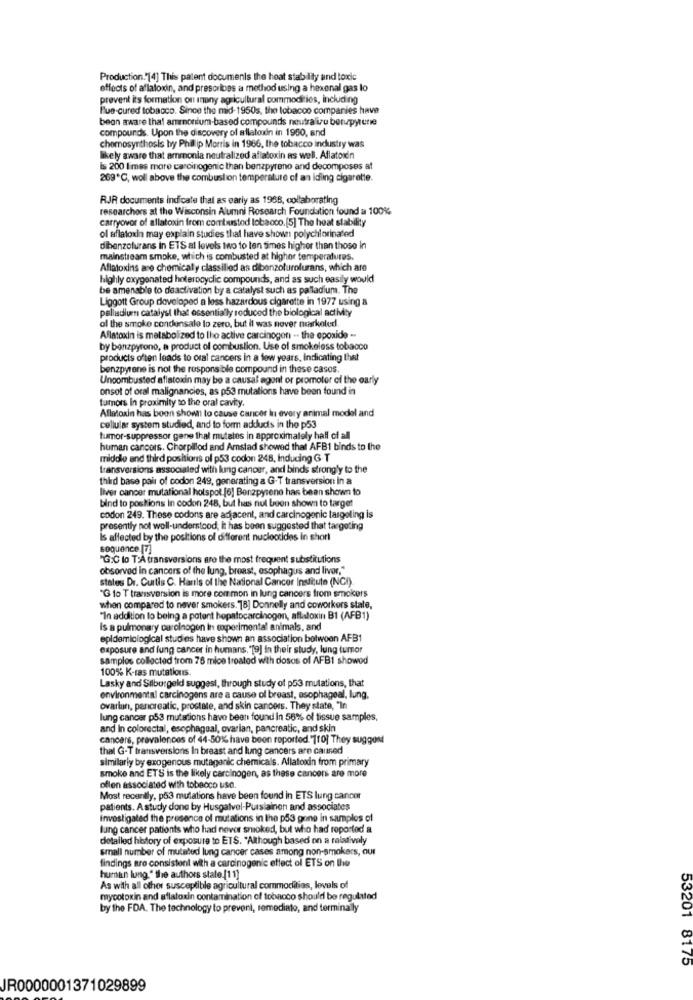
Production."[4] Thiss patent documents the heat stability and toxic
effects of aflatoxin, and prescribes a method using a hexenal gas lo
prevent its formation on inany agricultural commodities, including
Blue-cured tobacco. Since the mid-1950s, the tobacco companies have
beon aware that ammonium-based compounds neutralize benupyrene
compounds. Upon the discovery of allatoxin in 1950, and
chomosynthosis by Philip Morris in 1966, the tobacco industry was
likely aware that ammonia neutralized aflatoxin as well. Aflatoxin
is 200 limes more carcinogenic than benzpyreno and decomposes at
269℃, woll above the combustion temperature of an idling cigarette.
RJR documents indicate that as early as 1968, collaborating
researchers at the Wisconsin Alumni Research Foundation found a 100%
carryover of allatoxin from combusted lobaoco.[5] The heat stability
ol aflatoxin may explain studies that have shown polychlorinated
dibenzolurans in ETS al levels two to ten times higher than those In
mainstream smoke, which is combusted at higher temperatures.
Aflatoxins are chemically classilied as dibenzolurolurans, which are
highly oxygenated heterocyclic compounds, and as such easily would
be amenable to deactivation by a catalyst such as palladium. The
Liggott Group developed a loss hazardous cigarette in 1977 using &
palladiumn catalyst that essentially reduced the biological activity
of the smoke condensale to zero, but it was never narkoled.
Aflatoxin is metabolized to the active carcinogen .. the epoxide -
by bonzpyrono, a product of combustion. Use of smokeless tobacco
products often leads to oral cancers in a few years, Indicating that
benzpyrene is not the responsible compound in these casos.
Uncombusted aflatoxin may be a causaf agont or promoter of the early
onsot of oral malignancies, as p53 mutations have been found in
tumors In proximity to the oral cavity.
Aflatoxin has boon shown to cause cancer in every animal model and
cellular system studied, and to form addluds in the p53
tumor-suppressor gene thal mutates in approximately half of all
human cancors. Chorpillod and Amstad showed that AFB1 binds to the
middle and third positions of p53 codon 248, Inducing G T
transversions associated with lung cancer, and binds strongly to the
third base pair of codon 249, generating a G-T transversion In a
liver cancer mutational hotspot [6] Benzpyrene has been shown to
bind to postions in codon 248, but has nut been shown to target
codon 249. These codons are adjacent, and carcinogenic targeting is
presently not well-understood; it has been suggested that targeting
Is affected by the positions of different nucleotides in short
sequence [7]
"G:C lo T:A transversions are the most frequent substitutions
obsorved in cancers of the lung, breast, esophagus and liver,"
states Dr. Curtis C. Harils of the National Cancer Institute (NCI).
"G to T transversion is more common in lung cancers from smokers
when compared to never smokers. 18] Donnelly and coworkers state,
"In addition to being a potent hepatocarcinogen, aflatoxin B1 (AFB1)
Is a pulmonary carolnogen in experimental animals, and
epidemiological studies have shown an association between AFB1
exposure and lung cancer in humans, "[9] in their study, lung tumor
samplos collected from 76 mice treated with dosos of AFB1 showed
100% K-ras mutations.
Lasky and Silburgeld suggest, through study of p53 mutations, that
environmental carcinogens are a cause of breast, esophageal, lung,
ovarian, pancreatic, prostate, and skin cancers. They state, "In
lung cancer p53 mutations have been found in 56% of tissue samples,
and In colorectal, esophageal, ovarian, pancreatic, and skin
cancers, prevalences of 44-50% have been reported."710) They suggest
thal G-T transversions In breast and lung cancers are caused
similarly by exogenous mutagenic chemicals. Allatoxin from primary
smoke and ET'S is the likely carcinogen, as these cancers are more
oflen associated with tobacco use.
Most recently, p53 mutations have been found in ETS lung cancer
patients. A study done by Husgatvel-Pursiainen and associates
Investigated the presence of mutations in the p53 gone in samples of
lung cancer patients who had never smoked, but who had reported a
detailed history of exposure to ETS. "Although based on a relatively
small number of mutated lung cancer cases among non-smokers, our
findings are consistent with a carcinogenic effect of ETS on the
human lung." the authors state [11]
As with all other susceptible agricultural commodities, levels of
mycotoxin and aflatoxin contamination of tobacco should be regulated
by the FDA. The technology to prevent, remediate, and terminally
53201 8175
JR0000001371029899